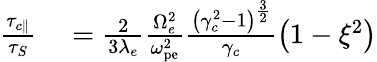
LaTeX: \begin{array}{rl}{\frac{\tau_{c\parallel}}{\tau_{S}}}&{{}=\frac{2}{3\lambda_{e}}\frac{\Omega_{e}^{2}}{\omega_{\textrm{pe}}^{2}}\frac{\left(\gamma_{c}^{2}-1\right)^{\frac{3}{2}}}{\gamma_{c}}\left(1-\xi^{2}\right)}\end{array}